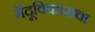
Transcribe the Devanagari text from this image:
मेंदूविकाराचा